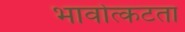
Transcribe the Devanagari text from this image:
भावोत्कटता